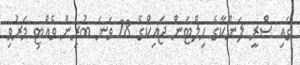
ގައި ސްރީ ލަންކާގެ ހިލްޓަން ޖައިކްގެ 18 ވަނަ ބުރިން ވެއްޓި މަރުވި